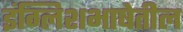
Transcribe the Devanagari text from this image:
इंग्लिशभाषेतील